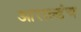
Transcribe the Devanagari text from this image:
आराल्डंच